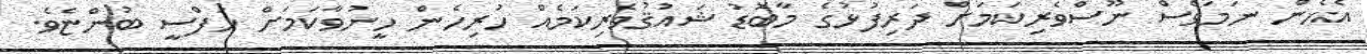
އެހެން ނަމަވެސް ނޫސްވެރިކަމަށް ދަރިފުޅުގެ މާބޮޑު ޝައުޤުވެރިކަމެއް ހުރިހެން ހީނުވާކަމަށް ހަފްސީ ބުންޏެވެ.